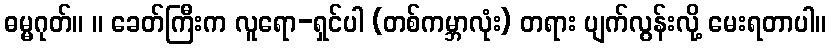
ဓမ္မဂုတ်။ ။ ခေတ်ကြီးက လူရော-ရှင်ပါ (တစ်ကမ္ဘာလုံး) တရား ပျက်လွန်းလို့ မေးရတာပါ။